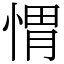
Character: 㥜